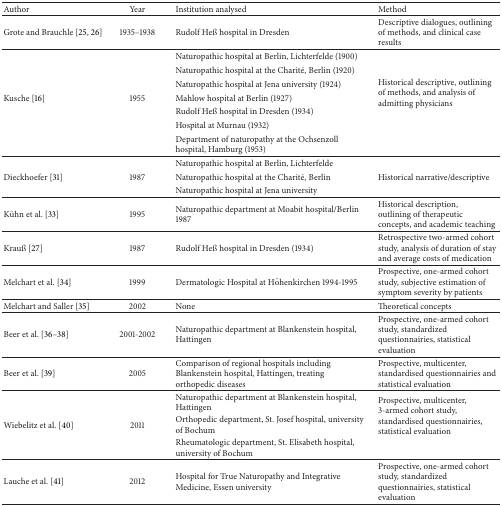
<table><thead><tr><td><b>Author</b></td><td><b>Year</b></td><td><b>Institution analysed</b></td><td><b>Method</b></td></tr></thead><tbody><tr><td>Grote and Brauchle [25, 26]</td><td>1935–1938</td><td>Rudolf Heß hospital in Dresden</td><td>Descriptive dialogues, outlining of methods, and clinical case results</td></tr><tr><td> </td><td> </td><td>Naturopathic hospital at Berlin, Lichterfelde (1900)</td><td rowspan="7">Historical descriptive, outlining of methods, and analysis of admitting physicians</td></tr><tr><td> </td><td> </td><td>Naturopathic hospital at the Charité, Berlin (1920)</td></tr><tr><td> </td><td> </td><td>Naturopathic hospital at Jena university (1924)</td></tr><tr><td>Kusche [16]</td><td>1955</td><td>Mahlow hospital at Berlin (1927)</td></tr><tr><td> </td><td> </td><td>Rudolf Heß hospital in Dresden (1934)</td></tr><tr><td> </td><td> </td><td>Hospital at Murnau (1932)</td></tr><tr><td> </td><td> </td><td>Department of naturopathy at the Ochsenzoll hospital, Hamburg (1953)</td></tr><tr><td> </td><td> </td><td>Naturopathic hospital at Berlin, Lichterfelde</td><td> </td></tr><tr><td>Dieckhoefer [31]</td><td>1987</td><td>Naturopathic hospital at the Charité, Berlin</td><td>Historical narrative/descriptive</td></tr><tr><td> </td><td> </td><td>Naturopathic hospital at Jena university</td><td> </td></tr><tr><td>Kühn et al. [33]</td><td>1995</td><td>Naturopathic department at Moabit hospital/Berlin 1987</td><td>Historical description, outlining of therapeutic concepts, and academic teaching</td></tr><tr><td>Krauß [27]</td><td>1987</td><td>Rudolf Heß hospital in Dresden (1934)</td><td>Retrospective two-armed cohort study, analysis of duration of stay and average costs of medication</td></tr><tr><td>Melchart et al. [34]</td><td>1999</td><td>Dermatologic Hospital at Höhenkirchen 1994-1995</td><td>Prospective, one-armed cohort study, subjective estimation of symptom severity by patients</td></tr><tr><td>Melchart and Saller [35]</td><td>2002</td><td>None</td><td>Theoretical concepts</td></tr><tr><td>Beer et al. [36–38]</td><td>2001-2002</td><td>Naturopathic department at Blankenstein hospital, Hattingen</td><td>Prospective, one-armed cohort study, standardized questionnairies, statistical evaluation</td></tr><tr><td>Beer et al. [39]</td><td>2005</td><td>Comparison of regional hospitals including Blankenstein hospital, Hattingen, treating orthopedic diseases</td><td>Prospective, multicenter, standardised questionnairies and statistical evaluation</td></tr><tr><td> </td><td> </td><td>Naturopathic department at Blankenstein hospital, Hattingen</td><td rowspan="3">Prospective, multicenter, 3-armed cohort study, standardised questionnairies, statistical evaluation</td></tr><tr><td>Wiebelitz et al. [40]</td><td>2011</td><td>Orthopedic department, St. Josef hospital, university of Bochum</td></tr><tr><td> </td><td> </td><td>Rheumatologic department, St. Elisabeth hospital, university of Bochum</td></tr><tr><td>Lauche et al. [41]</td><td>2012</td><td>Hospital for True Naturopathy and Integrative Medicine, Essen university</td><td>Prospective, one-armed cohort study, standardized questionnairies, statistical evaluation</td></tr></tbody></table>